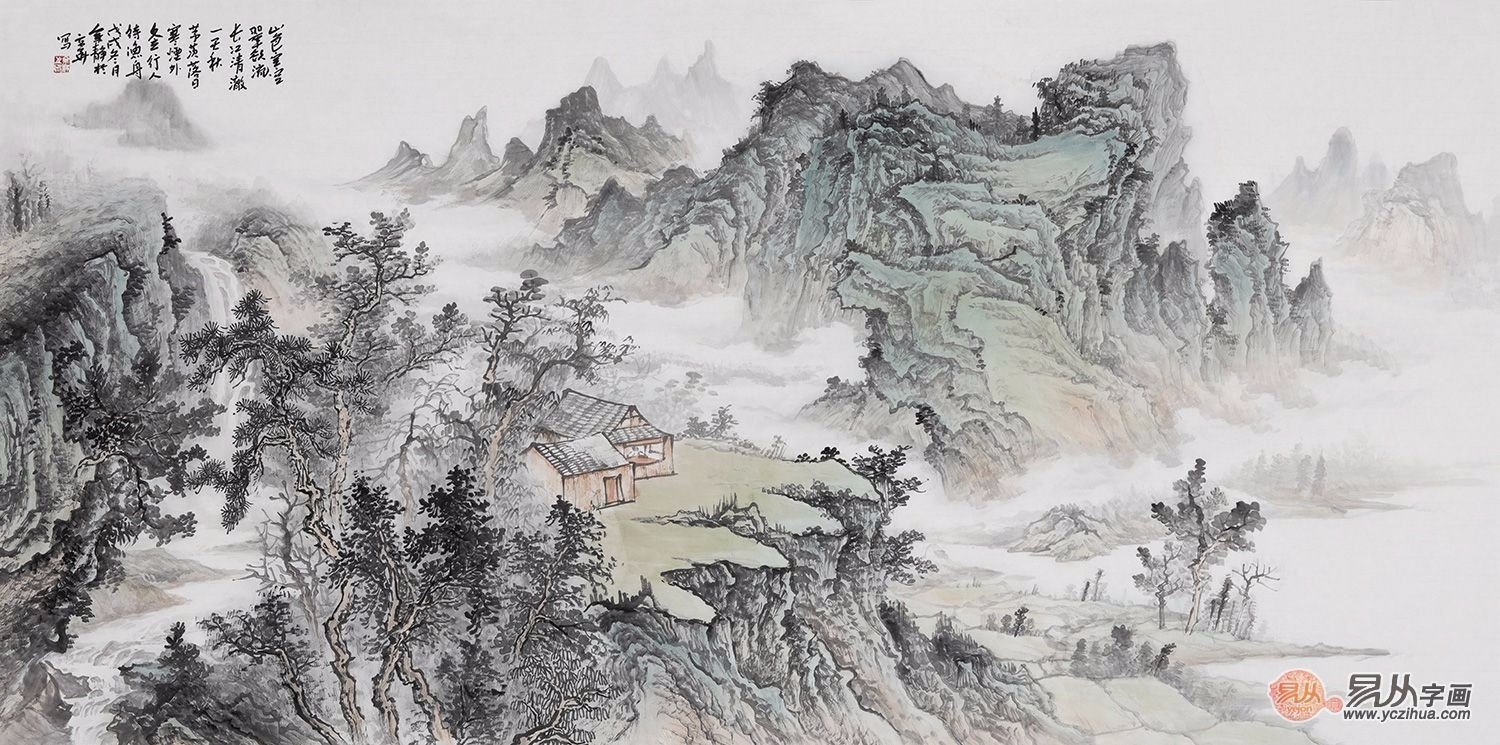
去年东武今夕，明月不胜愁。